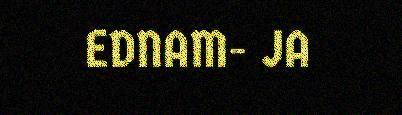
EDNAM- JA